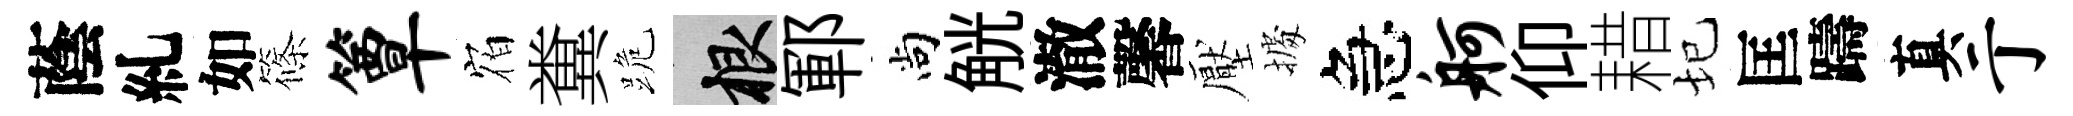
蔭糺如篠簟𪧐糞跪根鄆尚觥澈馨壓𢴃急舸仰耤圮匡躊真亍